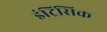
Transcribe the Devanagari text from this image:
इंट्रिंसिक